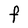
Character: F